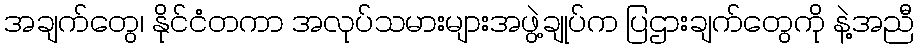
အချက်တွေ၊ နိုင်ငံတကာ အလုပ်သမားများအဖွဲ့ချုပ်က ပြဌားချက်တွေကို နဲ့အညီ